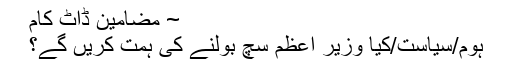
~ مضامین ڈاٹ کام
ہوم/سیاست/کیا وزیر اعظم سچ بولنے کی ہمت کریں گے؟